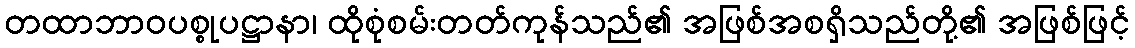
တထာဘာဝပစ္စုပဋ္ဌာနာ၊ ထိုစုံစမ်းတတ်ကုန်သည်၏ အဖြစ်အစရှိသည်တို့၏ အဖြစ်ဖြင့်